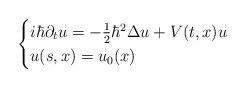
LaTeX: \begin{align*}\begin{cases}i\hbar \partial_t u=-\frac{1}{2}\hbar^2\Delta u+V(t,x)u\\u(s,x)=u_0(x)\end{cases}\end{align*}